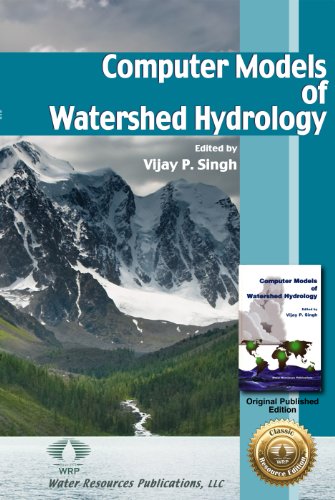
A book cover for Computer Models of Watershed Hydrology; Vijay P. Singh; Science & Math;